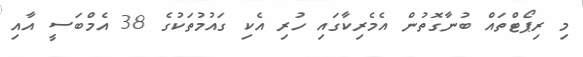
މި ރިޕޯޓްތައް ބުނާގޮތުން އެމެރިކާގައި ހުރި އެކި ގައުމުތަކުގެ 38 އެމްބަސީ އާއި